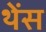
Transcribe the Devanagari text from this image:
थेंस